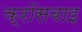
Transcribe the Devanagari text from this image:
क्रॉसबाइ